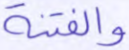
والفتنة